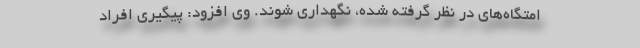
امتگاه‌های در نظر گرفته شده، نگهداری شوند. وی افزود: پیگیری افراد